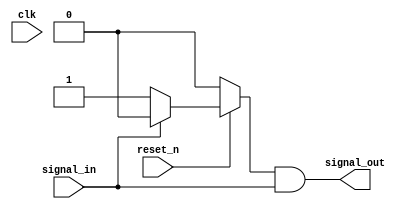
`timescale 1ns / 1ps

module FSM_module(
    input clk, reset_n,
    input signal_in,
    output signal_out
    );
    
    // Edge detector with Mealy outputs
    reg state_reg, state_next;
    parameter s0 = 0, s1 = 1;
    
    // Sequential state registers
    always @(*)
    begin
        if (~reset_n)
            state_reg = s0;
        else
            state_reg = state_next;
    end
    
    // Next state logic
    always @(*)
    begin
        case(state_reg)
            s0: if (signal_in)
                    state_next = s0;
                else
                    state_next = s1;
            s1: if (signal_in)
                    state_next = s0;
                else
                    state_next = s1;
            default: state_next = s0;                
        endcase
    end
    
    // Output logic
    assign signal_out = (state_reg == s1) & signal_in;

    
endmodule